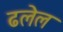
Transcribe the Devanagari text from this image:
ढलेल